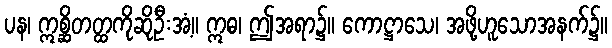
ပန၊ ဣစ္ဆိတတ္ထကိုဆိုဦးအံ့။ ဣဓ၊ ဤအရာ၌။ ကောဋ္ဌာသေ၊ အဖို့ဟူသောအနက်၌။